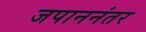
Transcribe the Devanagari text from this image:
जपाननंतर